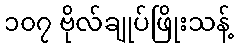
၁၀၇ ဗိုလ်ချုပ်ဖြိုးသန့်